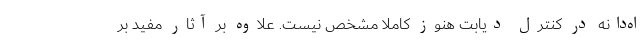
اه‌دانه در کنترل دیابت هنوز کاملا مشخص نیست. علاوه بر آثار مفید بر